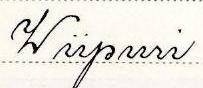
Wiipuri